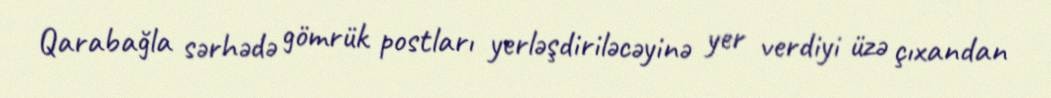
Qarabağla sərhədə gömrük postları yerləşdiriləcəyinə yer verdiyi üzə çıxandan